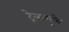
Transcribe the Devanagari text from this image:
ट्रेलरमुळे